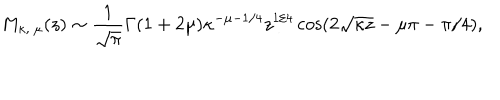
LaTeX: M _ { \kappa , \ \mu } ( z ) \sim { \frac { 1 } { \sqrt { \pi } } } \Gamma ( 1 + 2 \mu ) \kappa ^ { - \mu - 1 / 4 } z ^ { 1 / 4 } \cos ( 2 \sqrt { \kappa z } - \mu \pi - \pi / 4 ) ,